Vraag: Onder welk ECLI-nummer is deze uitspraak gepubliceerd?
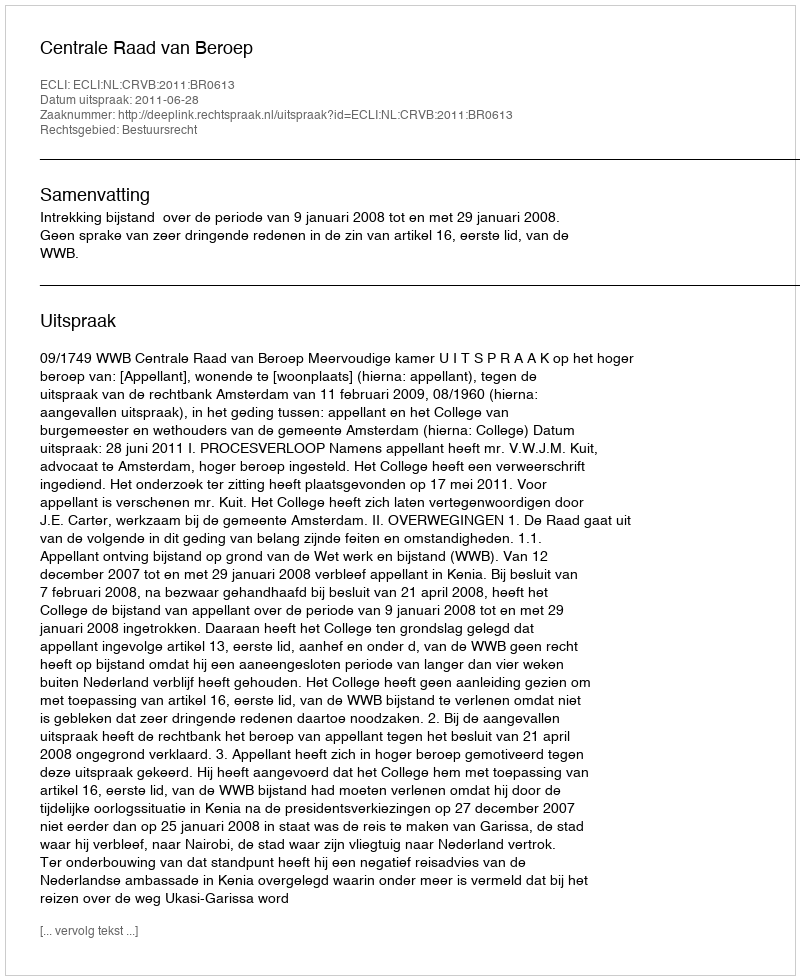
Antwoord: ECLI:NL:CRVB:2011:BR0613